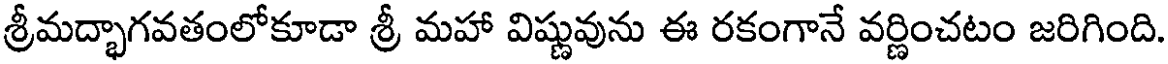
శ్రీమద్భాగవతంలోకూడా శ్రీ మహా విష్ణువును ఈ రకంగానే వర్ణించటం జరిగింది